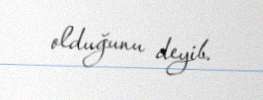
olduğunu deyib.